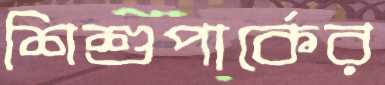
শিশুপার্কের